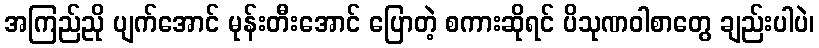
အကြည်ညို ပျက်အောင် မုန်းတီးအောင် ပြောတဲ့ စကားဆိုရင် ပိသုဏဝါစာတွေ ချည်းပါပဲ၊